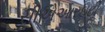
સીએઆરઇટી